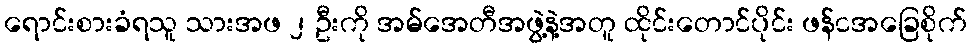
ရောင်းစားခံရသူ သားအဖ ၂ ဦးကို အမ်အေတီအဖွဲ့နဲ့အတူ ထိုင်းတောင်ပိုင်း ဖန်ငအခြေစိုက်